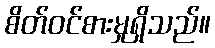
စိတ်ဝင်စားမှုရှိသည်။